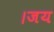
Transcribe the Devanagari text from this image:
।जय